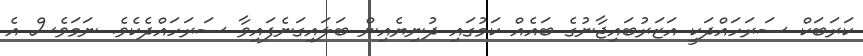
ކަރަބަކް ސަރަހައްދަކީ އަޒަރުބައިޖާނުގެ ބައެއް ކަމުގައި ދުނިޔެއިން ބަލައިގަނެފައިވާ ސަރަހައްދެކެވެ. ނަމަވެސް އެ